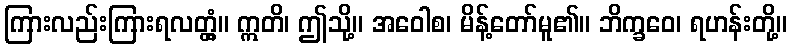
ကြားလည်းကြားရလတ္တံ့။ ဣတိ၊ ဤသို့။ အဝေါစ၊ မိန့်တော်မူ၏။ ဘိက္ခဝေ၊ ရဟန်းတို့။